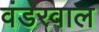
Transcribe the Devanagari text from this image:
वंडरवाल